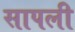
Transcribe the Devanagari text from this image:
सापली